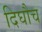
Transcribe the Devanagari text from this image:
दिघौच